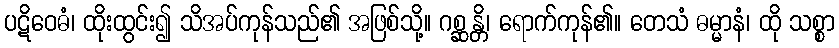
ပဋိဝေဓံ၊ ထိုးထွင်း၍ သိအပ်ကုန်သည်၏ အဖြစ်သို့။ ဂစ္ဆန္တိ၊ ရောက်ကုန်၏။ တေသံ ဓမ္မာနံ၊ ထို သစ္စာ